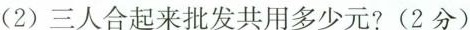
(2)三人合起来批发共用多少元?(2分)